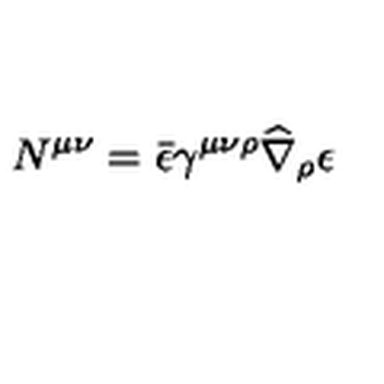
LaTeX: N ^ { \mu \nu } = \bar { \epsilon } \gamma ^ { \mu \nu \rho } \widehat \nabla _ { \rho } \epsilon